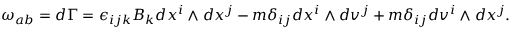
\omega _ { a b } = d \Gamma = \epsilon _ { i j k } B _ { k } d x ^ { i } \wedge d x ^ { j } - m \delta _ { i j } d x ^ { i } \wedge d v ^ { j } + m \delta _ { i j } d v ^ { i } \wedge d x ^ { j } .